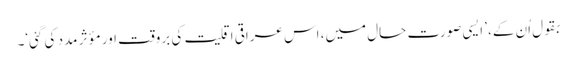
بقول اُن کے، ’ایسی صورت حال میں، اس عراقی اقلیت کی بروقت اور مؤثر مدد کی گئی‘۔